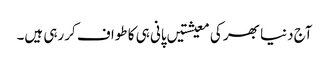
آج دنیا بھر کی معیشتیں پانی ہی کا طواف کررہی ہیں۔